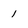
Character: 1